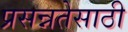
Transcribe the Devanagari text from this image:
प्रसन्नतेसाठी